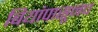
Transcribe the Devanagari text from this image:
बियांपासूनच